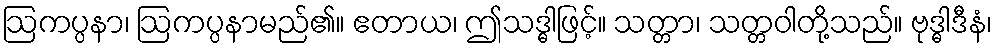
ဩကပ္ပနာ၊ ဩကပ္ပနာမည်၏။ ဧတာယ၊ ဤသဒ္ဓါဖြင့်။ သတ္တာ၊ သတ္တဝါတို့သည်။ ဗုဒ္ဓါဒီနံ၊